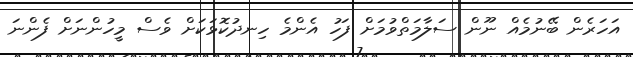
އަހަރެން ބޭނުމެއް ނޫން ސަލާމަތްވުމަށް ފަހު އެންމެ ހިނދުކޮޅަކަށް ވެސް މީހުންނަށް ފެންނަ